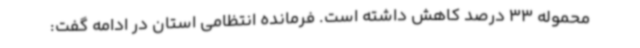
محموله 33 درصد کاهش داشته است. فرمانده انتظامی استان در ادامه گفت: